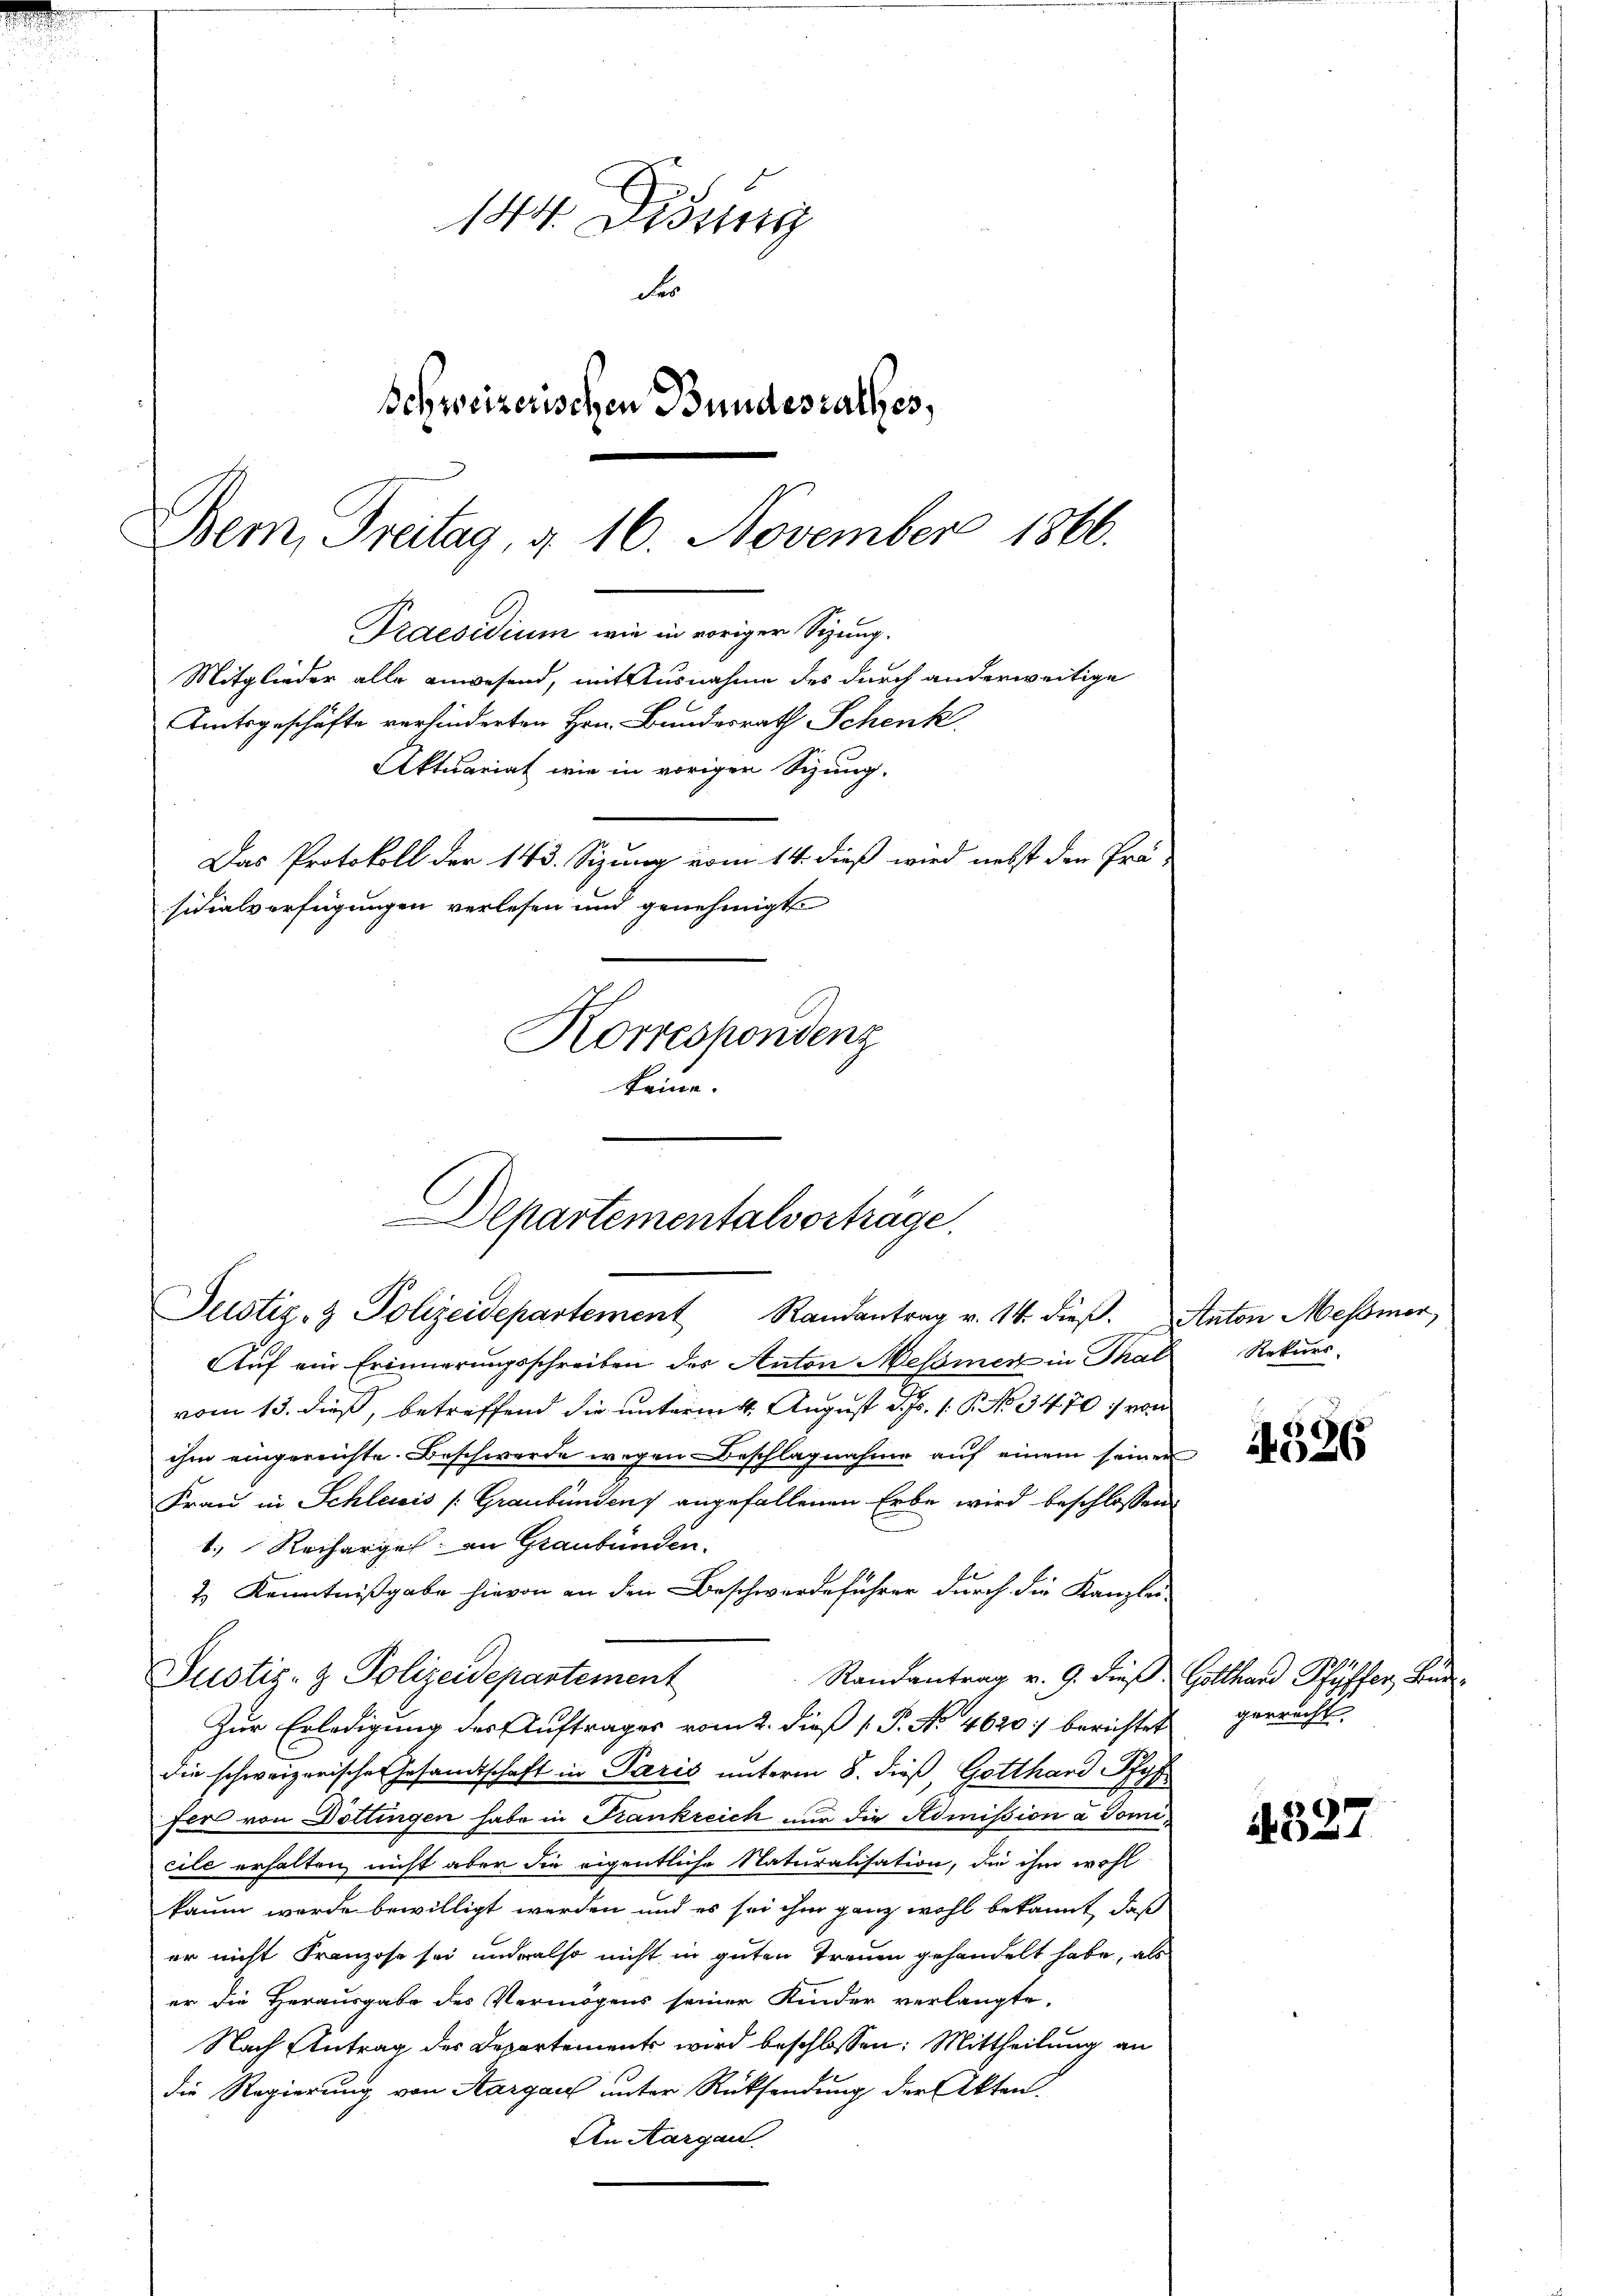
144. Disung
Fer
Schweizerischen Bundesrathes,
Bem, Freitag, d. 16. November 1866.
Praesidium wie in voriger Sizung.
Mitglieder alle anwesend, mit Ausnahme des durch anderweitige
Amtsgeschäfte verhinderten Hrn. Bundesrath Schenk
Aktuariat wie in vorigen Sizung.
Das Protokoll der 143. Sizung vom 14. dieß wird nebst den Prä-
sidialverfügungen verlesen und genehmigt
Korrespondenz
keine.

Aŭf ein Erinnerungsschreiben des Anton Messner in Thal Rekŭrs.
vom 13. dieß, betreffend die unterm 4. August d. Js. 1. P. No 3470 :/ von
ihm eingereichte. Beschwerde wegen Beschlagnahme auf einem seinen
Frau in Schleiis (Graubünden angefallenen Erbe wird beschlossen:
1.) Rechargel an Graubünden.
2.) Kenntnißgabe hievon an den Beschwerdeführer durch die Kanzlei-
Randantrag v. 9. dieß Gotthard Pfäffer, Bur
Zur Erledigung der Auftrages vom 2. dieß ( P. No 4620 berichtet
die schweizerischer Gesamtschaft in Paris unterm 8. dieß, Gotthard Pfyf
fer von Döttingen habe in Frankreich nur die Admission a Tomicile erhalten nicht aber die eigentliche Naturalisation, die ihm wohl
kaum werde bewilligt werden und es sei ihn ganz wohl bekannt, daß
er nicht Franzose sei und also nicht in guten Treuen gehandelt habe, als
er die Herausgabe des Vermögens seiner Kinder verlangte,
Nach Antrag des Departements wird beschlossen: Mittheilung an
die Regierung von Aargau unter Rücksendung der Akten.
An Aargau

Departementalvorträge.
Justiz- & Polizeidepartement Randantrag v. 14. dieβ. Anton Messner,

Justiz- & Polizeidepartement

4326

gerrecht.

4327